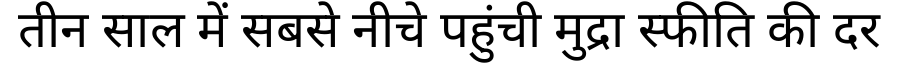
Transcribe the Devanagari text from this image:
तीन साल में सबसे नीचे पहुंची मुद्रा स्फीति की दर